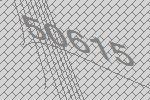
50615